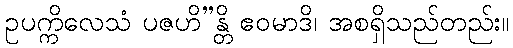
ဥပက္ကိလေသံ ပဇဟိ”န္တိ ဧဝမာဒိ၊ အစရှိသည်တည်း။